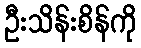
ဦးသိန်းစိန်ကို